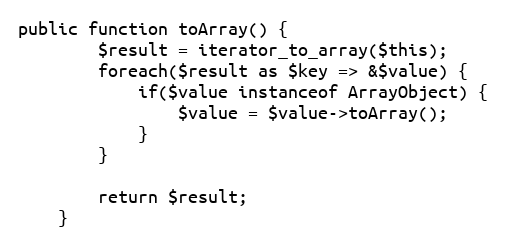
Language: PHP
public function toArray() {
        $result = iterator_to_array($this);
        foreach($result as $key => &$value) {
            if($value instanceof ArrayObject) {
                $value = $value->toArray();
            }
        }

        return $result;
    }